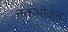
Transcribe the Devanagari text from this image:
नक्तभोजन